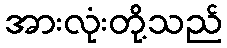
အားလုံးတို့သည်